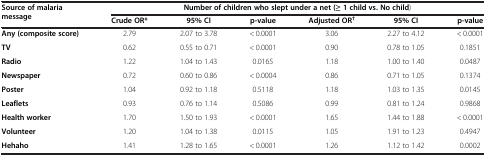
<table><thead><tr><td><b>Source of malaria message</b></td><td colspan="6"><b>Number of children who slept under a net (≥ 1 child vs. No child)</b></td></tr><tr><td><b> </b></td><td><b>Crude OR*</b></td><td><b>95% CI</b></td><td><b>p-value</b></td><td><b>Adjusted OR<sup>†</sup></b></td><td><b>95% CI</b></td><td><b>p-value</b></td></tr></thead><tbody><tr><td><b>Any (composite score)</b></td><td>2.79</td><td>2.07 to 3.78</td><td>&lt; 0.0001</td><td>3.06</td><td>2.27 to 4.12</td><td>&lt; 0.0001</td></tr><tr><td><b>TV</b></td><td>0.62</td><td>0.55 to 0.71</td><td>&lt; 0.0001</td><td>0.90</td><td>0.78 to 1.05</td><td>0.1851</td></tr><tr><td><b>Radio</b></td><td>1.22</td><td>1.04 to 1.43</td><td>0.0165</td><td>1.18</td><td>1.00 to 1.40</td><td>0.0487</td></tr><tr><td><b>Newspaper</b></td><td>0.72</td><td>0.60 to 0.86</td><td>&lt; 0.0004</td><td>0.86</td><td>0.71 to 1.05</td><td>0.1374</td></tr><tr><td><b>Poster</b></td><td>1.04</td><td>0.92 to 1.18</td><td>0.5118</td><td>1.18</td><td>1.03 to 1.35</td><td>0.0145</td></tr><tr><td><b>Leaflets</b></td><td>0.93</td><td>0.76 to 1.14</td><td>0.5086</td><td>0.99</td><td>0.81 to 1.24</td><td>0.9868</td></tr><tr><td><b>Health worker</b></td><td>1.70</td><td>1.50 to 1.93</td><td>&lt; 0.0001</td><td>1.65</td><td>1.44 to 1.88</td><td>&lt; 0.0001</td></tr><tr><td><b>Volunteer</b></td><td>1.20</td><td>1.04 to 1.38</td><td>0.0115</td><td>1.05</td><td>1.91 to 1.23</td><td>0.4947</td></tr><tr><td><b>Hehaho</b></td><td>1.41</td><td>1.28 to 1.65</td><td>&lt; 0.0001</td><td>1.26</td><td>1.12 to 1.42</td><td>0.0002</td></tr></tbody></table>